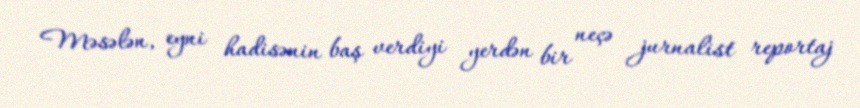
Məsələn, eyni hadisənin baş verdiyi yerdən bir neçə jurnalist reportaj